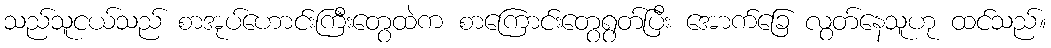
သည်သူငယ်သည် စာအုပ်ဟောင်းကြီးတွေထဲက စာကြောင်းတွေရွတ်ပြီး အောက်ခြေ လွတ်နေသူဟု ထင်သည်။